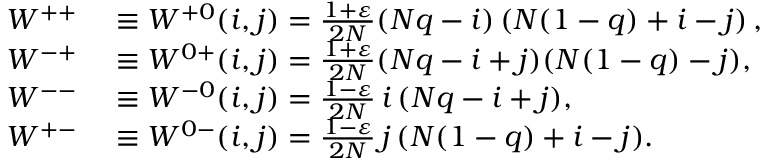
\begin{array} { r l } { W ^ { + + } } & { { } \equiv W ^ { + 0 } ( i , j ) = \frac { 1 + \varepsilon } { 2 N } ( N q - i ) \left( N ( 1 - q ) + i - j \right) , } \\ { W ^ { - + } } & { { } \equiv W ^ { 0 + } ( i , j ) = \frac { 1 + \varepsilon } { 2 N } ( N q - i + j ) ( N ( 1 - q ) - j ) , } \\ { W ^ { -- } } & { { } \equiv W ^ { - 0 } ( i , j ) = \frac { 1 - \varepsilon } { 2 N } \thinspace i \thinspace ( N q - i + j ) , } \\ { W ^ { + - } } & { { } \equiv W ^ { 0 - } ( i , j ) = \frac { 1 - \varepsilon } { 2 N } \thinspace j \thinspace ( N ( 1 - q ) + i - j ) . } \end{array}